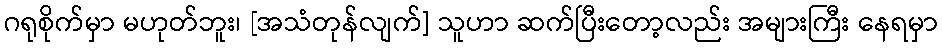
ဂရုစိုက်မှာ မဟုတ်ဘူး၊ [အသံတုန်လျက်] သူဟာ ဆက်ပြီးတော့လည်း အများကြီး နေရမှာ